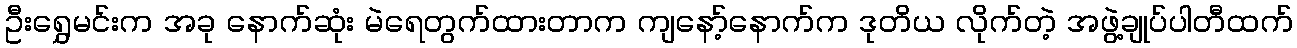
ဦးရွှေမင်းက အခု နောက်ဆုံး မဲရေတွက်ထားတာက ကျနော့်နောက်က ဒုတိယ လိုက်တဲ့ အဖွဲ့ချုပ်ပါတီထက်